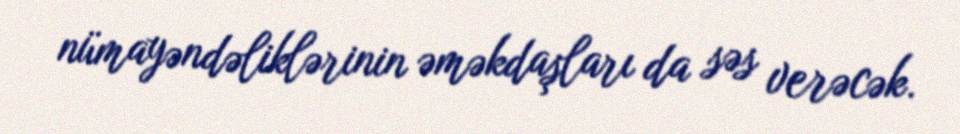
nümayəndəliklərinin əməkdaşları da səs verəcək.